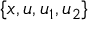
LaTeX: \{ x , u , u _ { 1 } , u _ { 2 } \}